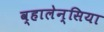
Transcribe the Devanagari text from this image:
व्हालेन्सिया